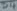
Text: D4